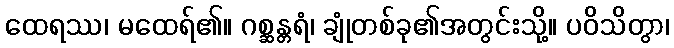
ထေရဿ၊ မထေရ်၏။ ဂစ္ဆန္တရံ၊ ချုံတစ်ခု၏အတွင်းသို့။ ပဝိသိတွာ၊